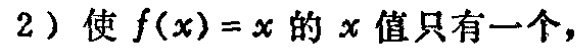
2）使\(f(x)=x\)的\(x\)值只有一个，